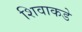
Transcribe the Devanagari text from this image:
शिवाकडे